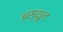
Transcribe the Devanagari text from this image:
अस्थूल